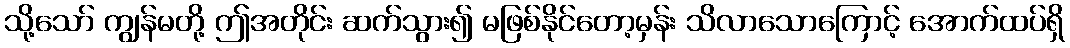
သို့သော် ကျွန်မတို့ ဤအတိုင်း ဆက်သွား၍ မဖြစ်နိုင်တော့မှန်း သိလာသောကြောင့် အောက်ထပ်ရှိ